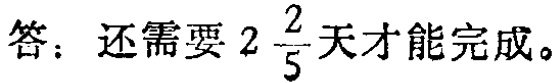
答：还需要 \(2\frac{2}{5}\) 天才能完成。